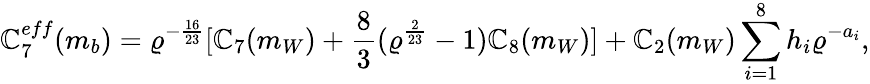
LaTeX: \mathbb{C}_{7}^{eff}(m_{b})=\varrho^{-\frac{{16}}{{23}}}[\mathbb{C}_{7}(m_{W})+\frac{{8}}{{3}}(\varrho^{\frac{{2}}{{23}}}-1)\mathbb{C}_{8}(m_{W})]+\mathbb{C}_{2}(m_{W})\sum_{i=1}^{8}h_{i}\varrho^{-a_{i}},